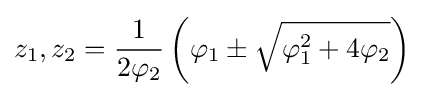
z_{1},z_{2}={\frac {1}{2\varphi _{2}}}\left(\varphi _{1}\pm {\sqrt {\varphi _{1}^{2}+4\varphi _{2}}}\right)